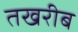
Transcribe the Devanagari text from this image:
तखरीब